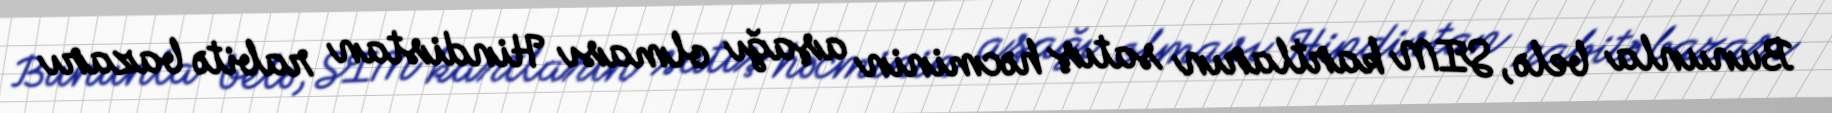
Bununla belə, SIM kartların satış həcminin aşağı olması Hindistan rabitə bazarı